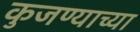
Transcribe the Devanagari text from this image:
कुजण्याच्या